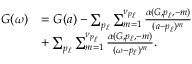
\begin{array} { r } { \begin{array} { r l } { G ( \omega ) } & { = G ( a ) - \sum _ { p _ { \ell } } \sum _ { m = 1 } ^ { \nu _ { p _ { \ell } } } \frac { \alpha ( G , p _ { \ell } , - m ) } { ( a - p _ { \ell } ) ^ { m } } } \\ & { + \sum _ { p _ { \ell } } \sum _ { m = 1 } ^ { \nu _ { p _ { \ell } } } \frac { \alpha ( G , p _ { \ell } , - m ) } { ( \omega - p _ { \ell } ) ^ { m } } . } \end{array} } \end{array}